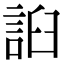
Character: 𧧖